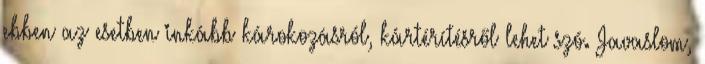
ebben az esetben inkább károkozásról, kártérítésről lehet szó. Javaslom,